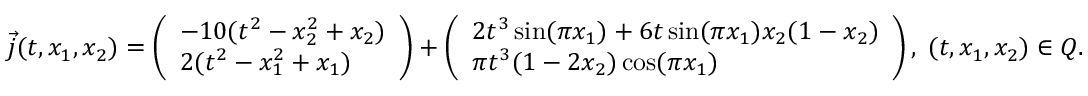
\vec { j } ( t , x _ { 1 } , x _ { 2 } ) = \left( \begin{array} { l } { - 1 0 ( t ^ { 2 } - x _ { 2 } ^ { 2 } + x _ { 2 } ) } \\ { 2 ( t ^ { 2 } - x _ { 1 } ^ { 2 } + x _ { 1 } ) } \end{array} \right) + \left( \begin{array} { l } { 2 t ^ { 3 } \sin ( \pi x _ { 1 } ) + 6 t \sin ( \pi x _ { 1 } ) x _ { 2 } ( 1 - x _ { 2 } ) } \\ { \pi t ^ { 3 } ( 1 - 2 x _ { 2 } ) \cos ( \pi x _ { 1 } ) } \end{array} \right) , \; ( t , x _ { 1 } , x _ { 2 } ) \in Q .